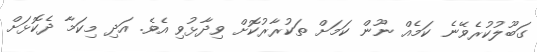
ގަބޫލުކުރެވޭނެ ކަމެއް ނޫން ކަމަށް ތަކުރާރުކޮށް ވިދާޅުވި އެވެ. އަދި މިކަމާ ދެކޮޅަށް